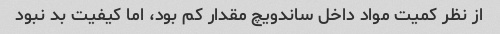
از نظر کمیت مواد داخل ساندویچ مقدار کم بود، اما کیفیت بد نبود